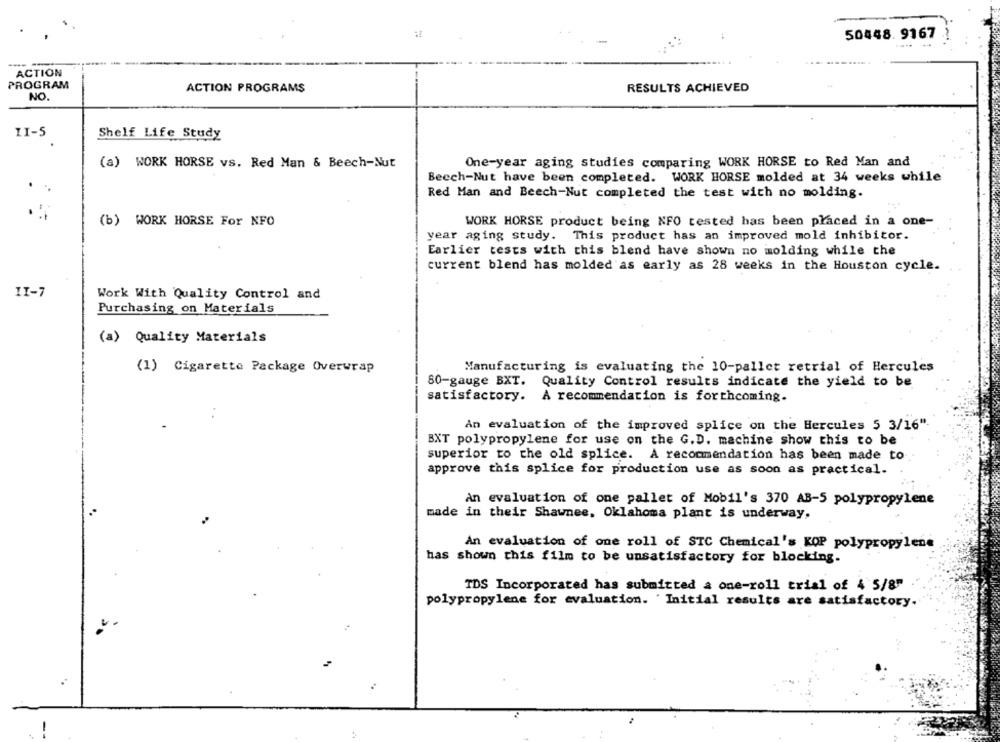
50448. 9167 1
----
ACTION
PROGRAM
ACTION PROGRAMS
RESULTS ACHIEVED
NO.
II-5
Shelf Life Study
(a) WORK HORSE vs. Red Man & Beech-Nut
One-year aging studies comparing WORK HORSE to Red Man and
Becch-Nut have been completed. WORK HORSE molded at 34 weeks while
Red Man and Beech-Nut completed the test with no molding.
(b) WORK HORSE For NFO
WORK HORSE product being NFO tested has been placed in a one-
year aging study. This product has an improved mold inhibitor.
Earlier tests with this blend have shown no molding while the
current blend has molded as early as 28 weeks in the Houston cycle.
II-7
Work With Quality Control and
Purchasing on Materials
(a) Quality Materials
(1) Cigarette Package Overwrap
Manufacturing is evaluating the 10-pallet retrial of Hercules
80-gauge BXT. Quality Control results indicate the yield to be
satisfactory. A recommendation is forthcoming.
An evaluation of the improved splice on the Hercules 5 3/16".
BXT polypropylene for use on the G.D. machine show this to be
superior to the old splice. A recommendation has been made to
approve this splice for production use as soon as practical.
An evaluation of one pallet of Mobil's 370 AB-5 polypropylene
made in their Shawnee, Oklahoma plant is underway,
An evaluation of one roll of STC Chemical's KOP polypropylene
has shown this film to be unsatisfactory for blocking.
TDS Incorporated has submitted a one-roll trial of 4 5/8"
polypropylene for evaluation. 'Initial results are satisfactory.